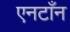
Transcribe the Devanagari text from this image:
एनटाँन